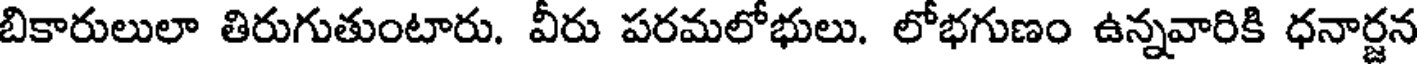
బికారులులా తిరుగుతుంటారు. వీరు పరమలోభులు. లోభగుణం ఉన్నవారికి ధనార్జన